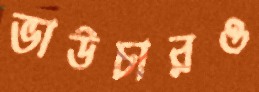
ভাউচারও